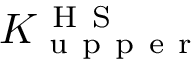
K _ { \mathrm { ~ u ~ p ~ p ~ e ~ r ~ } } ^ { \mathrm { ~ H ~ S ~ } }